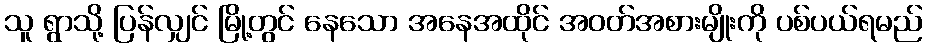
သူ ရွာသို့ ပြန်လျှင် မြို့တွင် နေသော အနေအထိုင် အဝတ်အစားမျိုးကို ပစ်ပယ်ရမည်